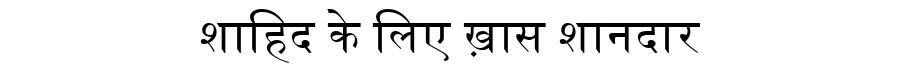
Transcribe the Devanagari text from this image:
शाहिद के लिए ख़ास शानदार